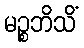
မဉ္စဘိသိံ